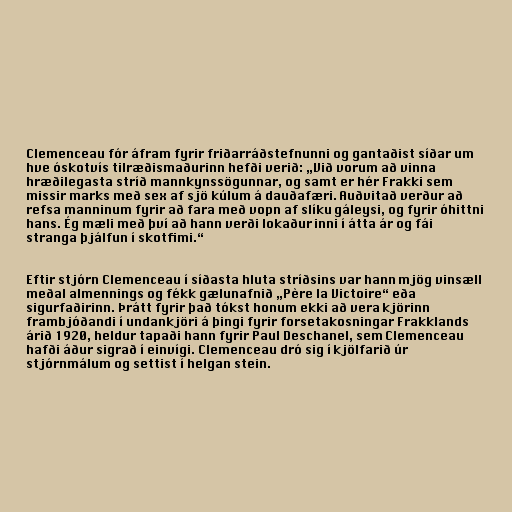
Clemenceau fór áfram fyrir friðarráðstefnunni og gantaðist síðar um
hve óskotvís tilræðismaðurinn hefði verið: „Við vorum að vinna
hræðilegasta stríð mannkynssögunnar, og samt er hér Frakki sem
missir marks með sex af sjö kúlum á dauðafæri. Auðvitað verður að
refsa manninum fyrir að fara með vopn af slíku gáleysi, og fyrir óhittni
hans. Ég mæli með því að hann verði lokaður inni í átta ár og fái
stranga þjálfun í skotfimi.“

Eftir stjórn Clemenceau í síðasta hluta stríðsins var hann mjög vinsæll
meðal almennings og fékk gælunafnið „Père la Victoire“ eða
sigurfaðirinn. Þrátt fyrir það tókst honum ekki að vera kjörinn
frambjóðandi í undankjöri á þingi fyrir forsetakosningar Frakklands
árið 1920, heldur tapaði hann fyrir Paul Deschanel, sem Clemenceau
hafði áður sigrað í einvígi. Clemenceau dró sig í kjölfarið úr
stjórnmálum og settist í helgan stein.